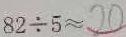
8 2 \div 5 \approx 2 0